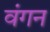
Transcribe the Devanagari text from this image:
वंगन